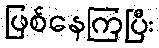
ဖြစ်နေကြပြီး